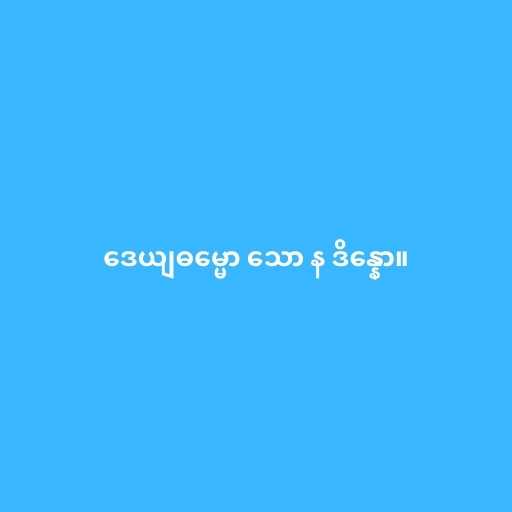
ဒေယျဓမ္မော သော န ဒိန္နော။